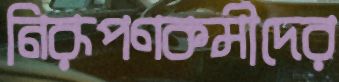
নিরূপণকর্মীদের